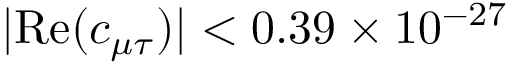
| \mathrm { R e } ( c _ { \mu \tau } ) | < 0 . 3 9 \times 1 0 ^ { - 2 7 }